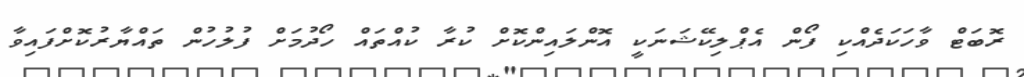
ރޮބަޓް ވާހަކަދެއްކި ފޯން އެޕްލިކޭޝަނަކީ އޮންލައިންކޮށް ކުރާ ކުއްތައް ހޯދުމަށް ފުލުހުން ތައްޔާރުކޮށްފައިވާ